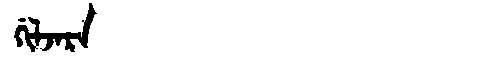
Manchu: ᡤᡳᠯᠵᠠᡵᠠ
Romanization: GILJARA